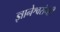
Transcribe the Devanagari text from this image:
ज्ञानेश्वरांचेही